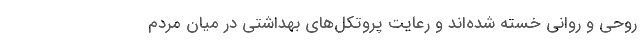
روحی و روانی خسته شده‌اند و رعایت پروتکل‌های بهداشتی در میان مردم